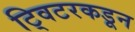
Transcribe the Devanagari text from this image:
ट्विटरकडून